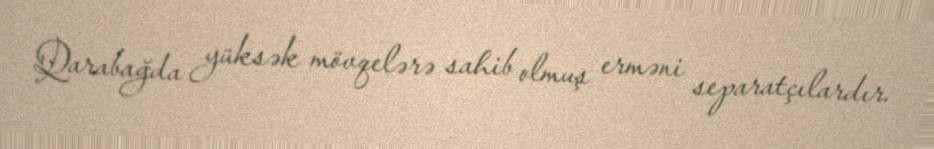
Qarabağda yüksək mövqelərə sahib olmuş erməni separatçılardır.